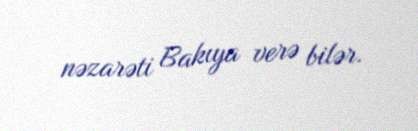
nəzarəti Bakıya verə bilər.